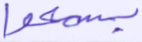
يسمعوا